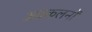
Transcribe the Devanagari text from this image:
अवकलनों